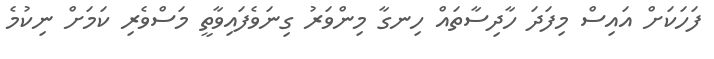
ފަހަކަށް އައިސް މިފަދަ ހާދިސާތައް ހިނގާ މިންވަރު ގިނަވެފައިވާތީ މަސްވެރި ކަމަށް ނިކުމެ